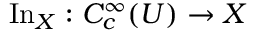
\operatorname { I n } _ { X } : C _ { c } ^ { \infty } ( U ) \to X